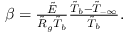
\begin{array} { r } { \beta = \frac { \tilde { E } } { \tilde { R } _ { g } \tilde { T } _ { b } } \frac { \tilde { T } _ { b } - \tilde { T } _ { - \infty } } { \tilde { T } _ { b } } . } \end{array}